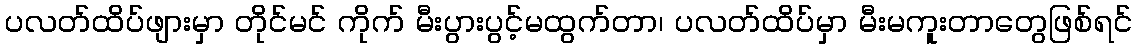
ပလတ်ထိပ်ဖျားမှာ တိုင်မင် ကိုက် မီးပွားပွင့်မထွက်တာ၊ ပလတ်ထိပ်မှာ မီးမကူးတာတွေဖြစ်ရင်